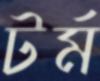
টর্ম